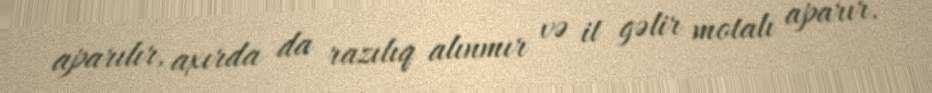
aparılır, axırda da razılıq alınmır və it gəlir motalı aparır.